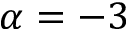
\alpha = - 3